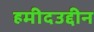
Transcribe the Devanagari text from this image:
हमीदउद्दीन